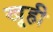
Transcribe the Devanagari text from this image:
खूही